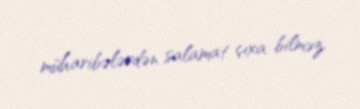
müharibələrdən salamat çıxa bilməz.